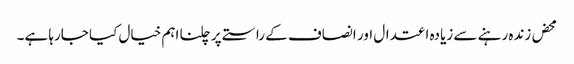
محض زندہ رہنے سے زیادہ اعتدال اور انصاف کے راستے پر چلنا اہم خیال کیا جارہا ہے۔